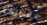
عساها